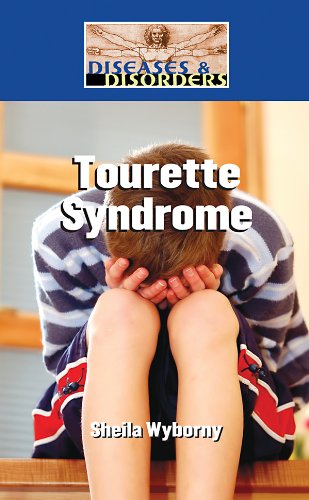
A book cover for Tourette Syndrome (Diseases & Disorders); Sheila Wyborny; Health, Fitness & Dieting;